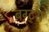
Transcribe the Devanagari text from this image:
बग्ट्स